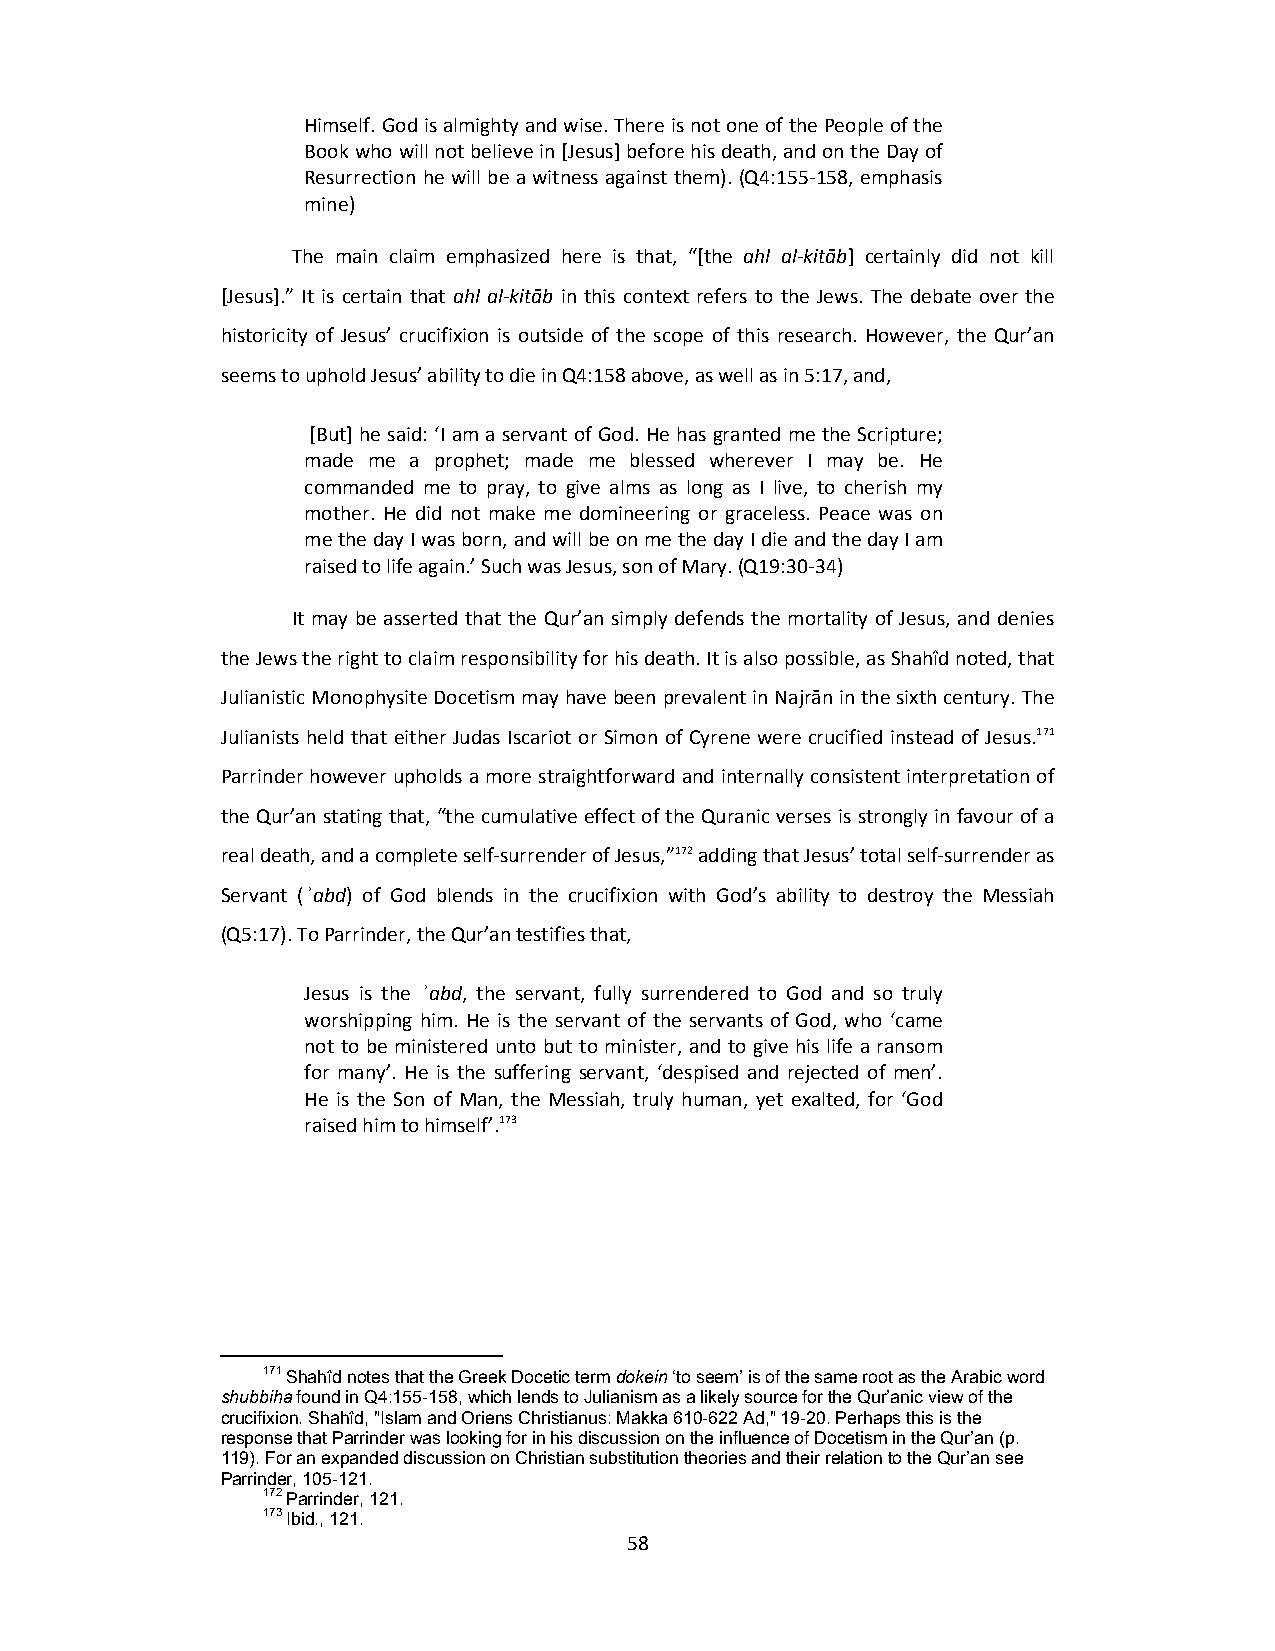
Himself. God is almighty and wise. There is not one of the People of the
 Book who will not believe in [Jesus] before his death, and on the Day of
 Resurrection he will be a witness against them). (Q4:155‐158, emphasis
 mine)
 The main claim emphasized here is that, “[the ahl al‐kitāb] certainly did not kill
 [Jesus].” It is certain that ahl al‐kitāb in this context refers to the Jews. The debate over the
 historicity of Jesus’ crucifixion is outside of the scope of this research. However, the Qur’an
 seems to uphold Jesus’ ability to die in Q4:158 above, as well as in 5:17, and,
 [But] he said: ‘I am a servant of God. He has granted me the Scripture;
 made me a prophet; made me blessed wherever I may be. He
 commanded me to pray, to give alms as long as I live, to cherish my
 mother. He did not make me domineering or graceless. Peace was on
 me the day I was born, and will be on me the day I die and the day I am
 raised to life again.’ Such was Jesus, son of Mary. (Q19:30‐34)
 It may be asserted that the Qur’an simply defends the mortality of Jesus, and denies
 the Jews the right to claim responsibility for his death. It is also possible, as Shahîd noted, that
 Julianistic Monophysite Docetism may have been prevalent in Najrān in the sixth century. The
 Julianists held that either Judas Iscariot or Simon of Cyrene were crucified instead of Jesus.171
 Parrinder however upholds a more straightforward and internally consistent interpretation of
 the Qur’an stating that, “the cumulative effect of the Quranic verses is strongly in favour of a
 real death, and a complete self‐surrender of Jesus,”172 adding that Jesus’ total self‐surrender as
 Servant ( ͗abd) of God blends in the crucifixion with God’s ability to destroy the Messiah
 (Q5:17). To Parrinder, the Qur’an testifies that,
 Jesus is the ͗abd, the servant, fully surrendered to God and so truly
 worshipping him. He is the servant of the servants of God, who ‘came
 not to be ministered unto but to minister, and to give his life a ransom
 for many’. He is the suffering servant, ‘despised and rejected of men’.
 He is the Son of Man, the Messiah, truly human, yet exalted, for ‘God
 raised him to himself’.173
 171 Shahîd notes that the Greek Docetic term dokein ‘to seem’ is of the same root as the Arabic word
 shubbiha found in Q4:155-158, which lends to Julianism as a likely source for the Qur’anic view of the
 crucifixion. Shahîd, "Islam and Oriens Christianus: Makka 610-622 Ad," 19-20. Perhaps this is the
 response that Parrinder was looking for in his discussion on the influence of Docetism in the Qur’an (p.
 119). For an expanded discussion on Christian substitution theories and their relation to the Qur’an see
 Parrinder, 105-121.
 172 Parrinder, 121.
 173 Ibid., 121.
 58